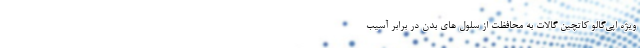
ویژه اپی‌گالو کاتچین گالات به محافظت از سلول های بدن در برابر آسیب